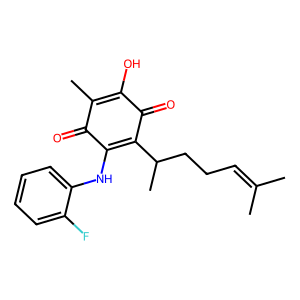
SMILES: CC(C)=CCCC(C)C1=C(Nc2ccccc2F)C(=O)C(C)=C(O)C1=O
Inhibits HIV replication: No